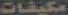
مكيفات